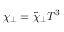
\chi _ { \perp } = \tilde { \chi } _ { \perp } T ^ { 3 }